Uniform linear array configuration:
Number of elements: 32
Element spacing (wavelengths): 0.75
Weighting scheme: blackman
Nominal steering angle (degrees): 0
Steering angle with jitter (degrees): -0.9317
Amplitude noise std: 0.05
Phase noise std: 0.05

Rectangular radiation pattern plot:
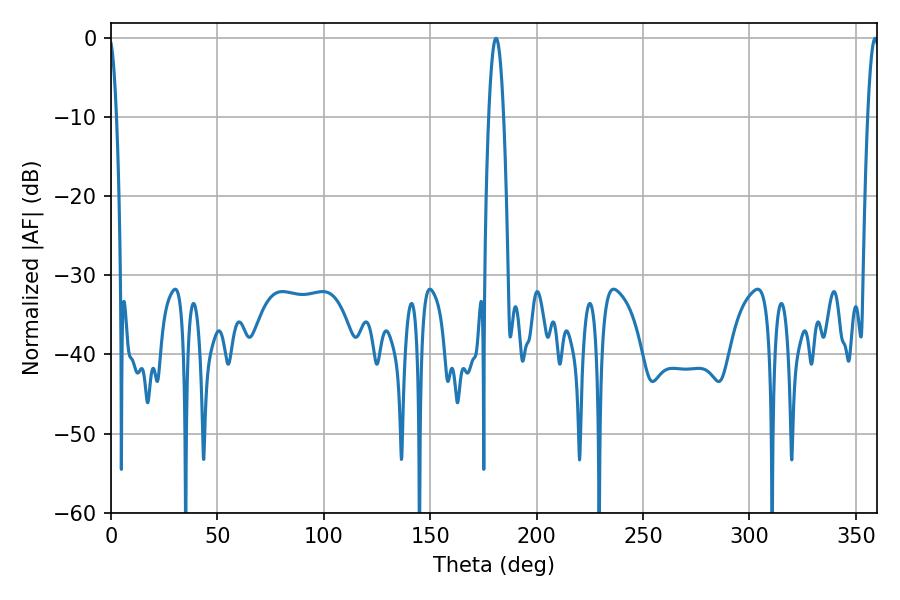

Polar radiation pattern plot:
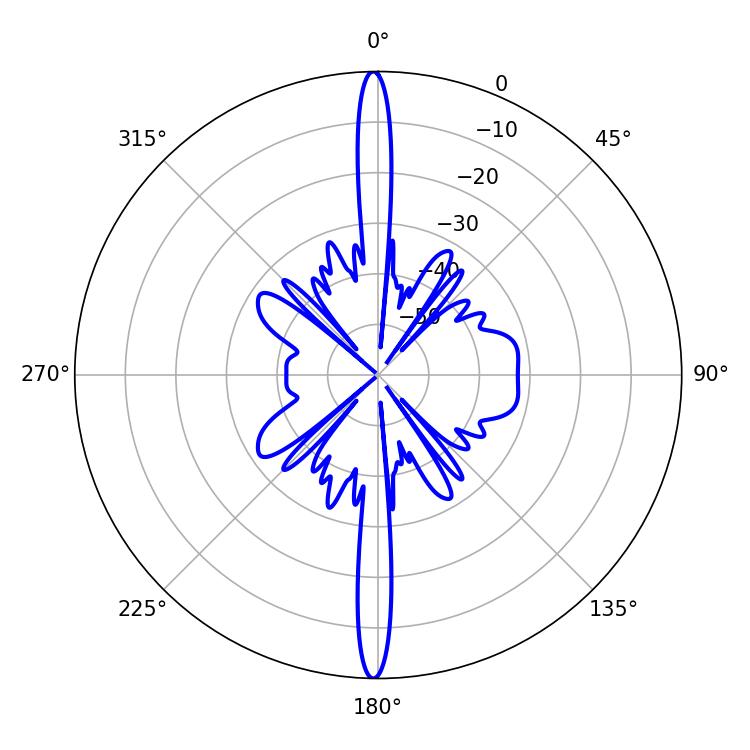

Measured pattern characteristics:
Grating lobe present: TRUE
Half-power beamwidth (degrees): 3.78
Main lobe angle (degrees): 180.9